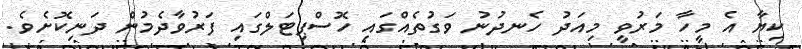
ކިޔާ އެ މީހާ މަރުވީ މިއަދު ހެނދުނު ވަގުތެއްގައި ހޮސްޕިޓަލްގައި ފަރުވާދެމުން ދަނިކޮށެވެ.